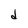
Character: d